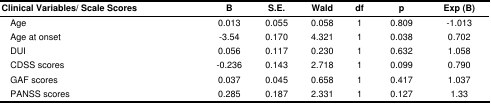
<table><thead><tr><td><b>Clinical Variables/ Scale Scores</b></td><td><b>B</b></td><td><b>S.E.</b></td><td><b>Wald</b></td><td><b>df</b></td><td><b>p</b></td><td><b>Exp (B)</b></td></tr></thead><tbody><tr><td>Age</td><td>0.013</td><td>0.055</td><td>0.058</td><td>1</td><td>0.809</td><td>-1.013</td></tr><tr><td>Age at onset</td><td>-3.54</td><td>0.170</td><td>4.321</td><td>1</td><td>0.038</td><td>0.702</td></tr><tr><td>DUI</td><td>0.056</td><td>0.117</td><td>0.230</td><td>1</td><td>0.632</td><td>1.058</td></tr><tr><td>CDSS scores</td><td>-0.236</td><td>0.143</td><td>2.718</td><td>1</td><td>0.099</td><td>0.790</td></tr><tr><td>GAF scores</td><td>0.037</td><td>0.045</td><td>0.658</td><td>1</td><td>0.417</td><td>1.037</td></tr><tr><td>PANSS scores</td><td>0.285</td><td>0.187</td><td>2.331</td><td>1</td><td>0.127</td><td>1.33</td></tr></tbody></table>